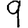
Digit: 9